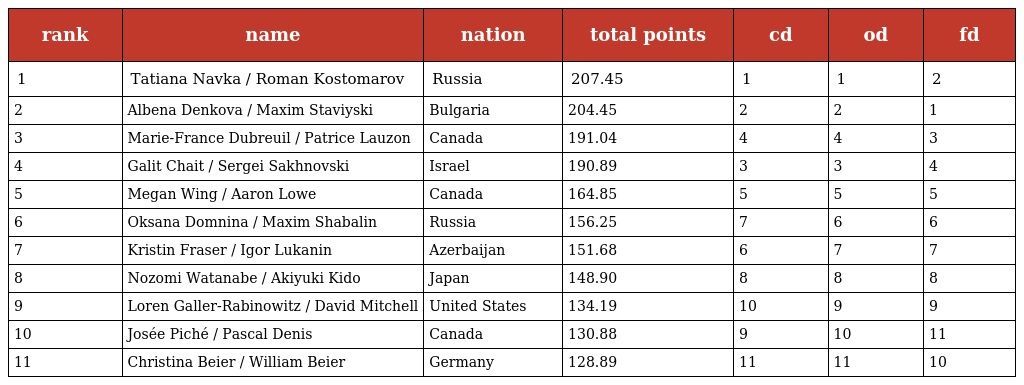
| rank | name | nation | total points | cd | od | fd |
 | --- | --- | --- | --- | --- | --- | --- |
 | 1 | Tatiana Navka / Roman Kostomarov | Russia | 207.45 | 1 | 1 | 2 |
 | 2 | Albena Denkova / Maxim Staviyski | Bulgaria | 204.45 | 2 | 2 | 1 |
 | 3 | Marie-France Dubreuil / Patrice Lauzon | Canada | 191.04 | 4 | 4 | 3 |
 | 4 | Galit Chait / Sergei Sakhnovski | Israel | 190.89 | 3 | 3 | 4 |
 | 5 | Megan Wing / Aaron Lowe | Canada | 164.85 | 5 | 5 | 5 |
 | 6 | Oksana Domnina / Maxim Shabalin | Russia | 156.25 | 7 | 6 | 6 |
 | 7 | Kristin Fraser / Igor Lukanin | Azerbaijan | 151.68 | 6 | 7 | 7 |
 | 8 | Nozomi Watanabe / Akiyuki Kido | Japan | 148.90 | 8 | 8 | 8 |
 | 9 | Loren Galler-Rabinowitz / David Mitchell | United States | 134.19 | 10 | 9 | 9 |
 | 10 | Josée Piché / Pascal Denis | Canada | 130.88 | 9 | 10 | 11 |
 | 11 | Christina Beier / William Beier | Germany | 128.89 | 11 | 11 | 10 |